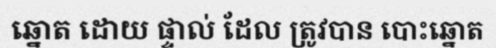
ឆ្នោត ដោយ ផ្ទាល់ ដែល ត្រូវបាន បោះឆ្នោត